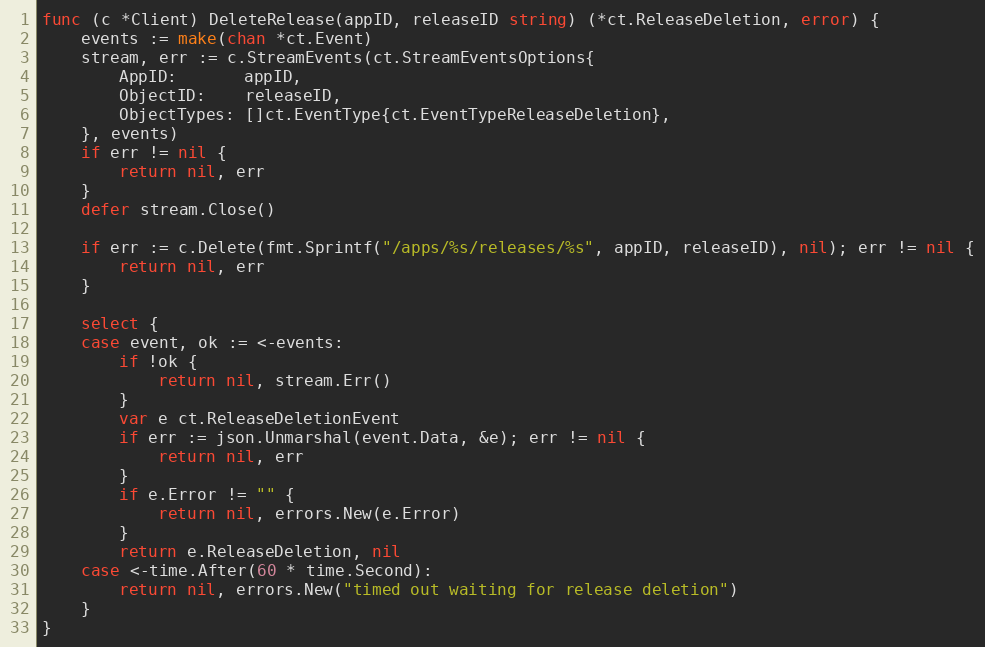
Language: Go
func (c *Client) DeleteRelease(appID, releaseID string) (*ct.ReleaseDeletion, error) {
	events := make(chan *ct.Event)
	stream, err := c.StreamEvents(ct.StreamEventsOptions{
		AppID:       appID,
		ObjectID:    releaseID,
		ObjectTypes: []ct.EventType{ct.EventTypeReleaseDeletion},
	}, events)
	if err != nil {
		return nil, err
	}
	defer stream.Close()

	if err := c.Delete(fmt.Sprintf("/apps/%s/releases/%s", appID, releaseID), nil); err != nil {
		return nil, err
	}

	select {
	case event, ok := <-events:
		if !ok {
			return nil, stream.Err()
		}
		var e ct.ReleaseDeletionEvent
		if err := json.Unmarshal(event.Data, &e); err != nil {
			return nil, err
		}
		if e.Error != "" {
			return nil, errors.New(e.Error)
		}
		return e.ReleaseDeletion, nil
	case <-time.After(60 * time.Second):
		return nil, errors.New("timed out waiting for release deletion")
	}
}